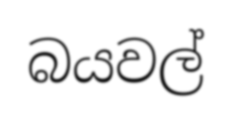
බයවල්